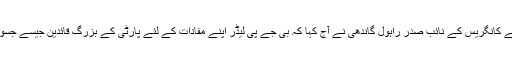
20 اپریل (سیاست ڈاٹ کام) نریندر مودی پر اپنی تنقیدوں میں شدت پیدا کرتے ہوئے کانگریس کے نائب صدر راہول گاندھی نے آج کہا کہ بی جے پی لیڈر اپنے مفادات کے لئے پارٹی کے بزرگ قائدین جیسے جسونت سنگھ اور ایل کے اڈوانی کی طرح اٹل بہاری واجپائی کو بھی دھتکار دیں گے۔